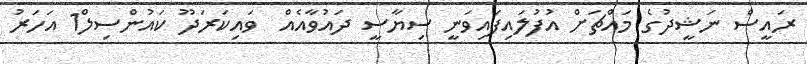
ރައީސް ނަޝީދުގެ މައްޗަށް އުފުލައިފައިވަނީ ސިޔާސީ ދައުވާއެއް  ވައިކަރަދޫ ކައުންސިލް1 އަހަރު